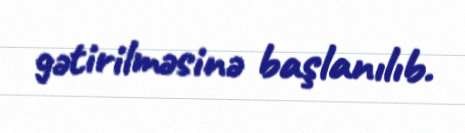
gətirilməsinə başlanılıb.